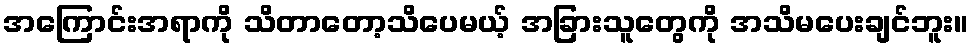
အကြောင်းအရာကို သိတာတော့သိပေမယ့် အခြားသူတွေကို အသိမပေးချင်ဘူး။